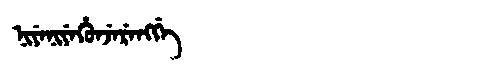
Manchu: ᠨᡳᠶᡝᠨᡳᠶᡝᡥᡠᠨᠵᡝᡵᡝᠩᡤᡝ
Romanization: NIYENIYEHUNJERENGGE